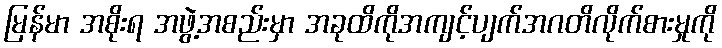
မြန်မာ အစိုးရ အဖွဲ့အစည်းမှာ အခုထိကိုအကျင့်ပျက်အဂတိလိုက်စားမှုကို